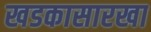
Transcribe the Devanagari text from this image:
खडकासारखा